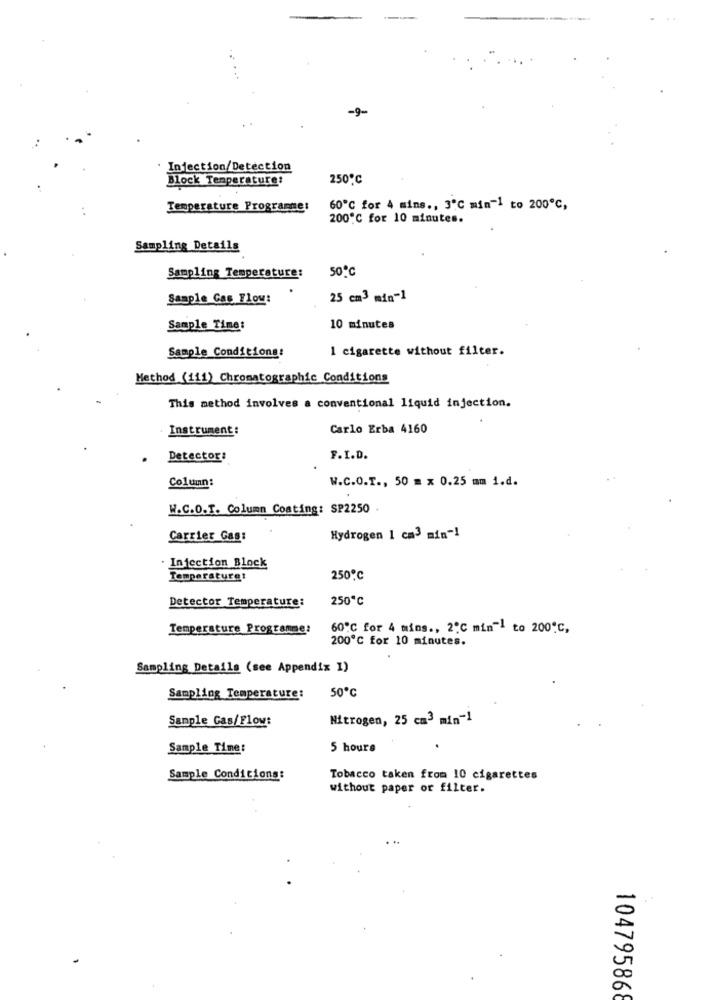
-9-
Injection/Detection
Block Temperature:
250℃
Temperature Programme:
60℃ for 4 mins ., 3℃ min-1 to 200℃,
200℃ for 10 minutes.
Sampling Details
50℃
Sampling Temperature:
Sample Gas Flow:
25 cm3 min-1
Sample Time:
10 minutes
Sample Conditions:
1 cigarette without filter.
Method (111) Chromatographic Conditions
This method involves a conventional liquid injection.
Instrument:
Carlo Erba 4160
Detector:
F.I.D.
Column:
W.C.O.T ., 50 = x 0.25 mm 1.d.
W.C.O.T. Column Coating: SP2250
Carrier Gas:
Hydrogen 1 cm3 min -!
· Injection Block
Temperatura!
250℃
Detector Temperature:
250℃
Temperature Programme:
60'℃ for 4 mins ., 2℃ min"] to 200℃,
200℃ for 10 minutes.
Sampling Details (see Appendix I)
50℃
Sampling Temperature:
Sample Gas/Flow:
Nitrogen, 25 cm3 min-1
Sample Time:
5 hours
Sample Conditions:
Tobacco taken from 10 cigarettes
without paper or filter.
10479586